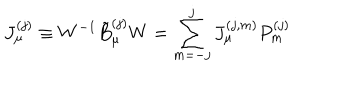
LaTeX: J _ { \mu } ^ { ( j ) } \equiv W ^ { - 1 } \tilde { B } _ { \mu } ^ { ( j ) } W = \sum _ { m = - j } ^ { j } J _ { \mu } ^ { ( j , m ) } P _ { m } ^ { ( j ) }